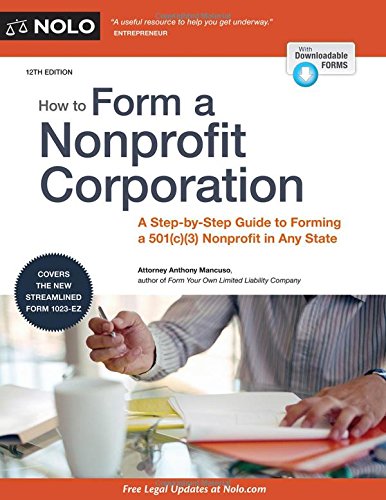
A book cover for How to Form a Nonprofit Corporation (National Edition): A Step-by-Step Guide to Forming a 501(c)(3) Nonprofit in Any State (How to Form Your Own Nonprofit Corporation); Anthony Mancuso Attorney; Law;